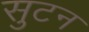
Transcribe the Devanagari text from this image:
सुटन